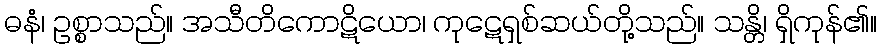
ဓနံ၊ ဥစ္စာသည်။ အသီတိကောဋိယော၊ ကုဋေရှစ်ဆယ်တို့သည်။ သန္တိ၊ ရှိကုန်၏။